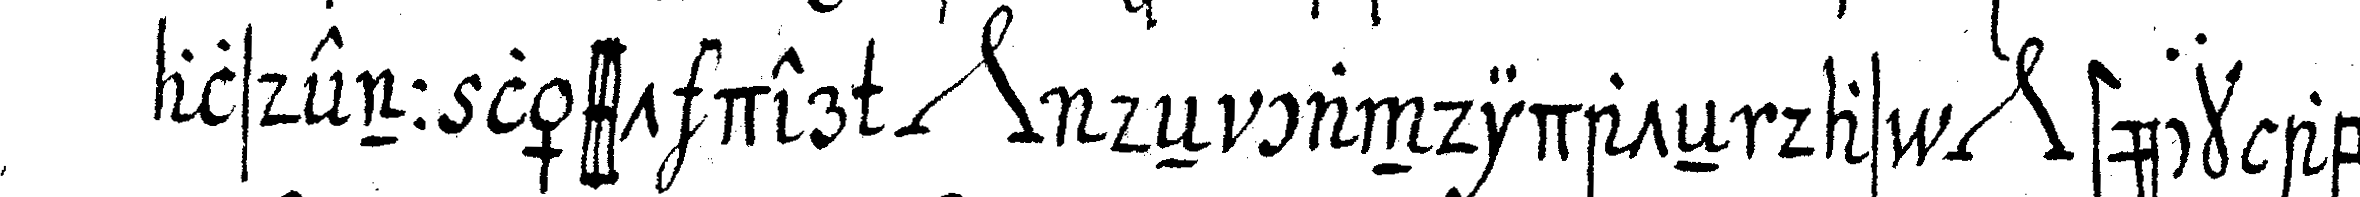
alsdenn lässt der *nee* deN candidateN das *nee* stück ab